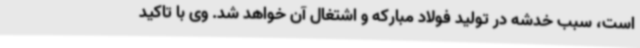
است، سبب خدشه در تولید فولاد مبارکه و اشتغال آن خواهد شد. وی با تاکید